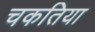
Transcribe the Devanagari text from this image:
चकतिया